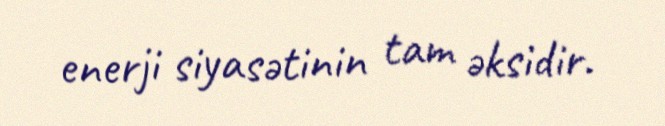
enerji siyasətinin tam əksidir.